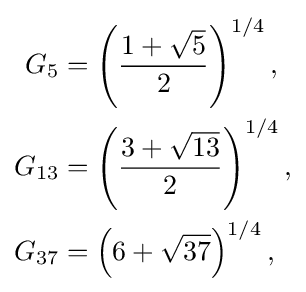
{\begin{aligned}G_{5}&=\left({\frac {1+{\sqrt {5}}}{2}}\right)^{1/4},\\G_{13}&=\left({\frac {3+{\sqrt {13}}}{2}}\right)^{1/4},\\G_{37}&=\left(6+{\sqrt {37}}\right)^{1/4},\end{aligned}}